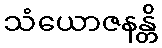
သံယောဇနန္တိ